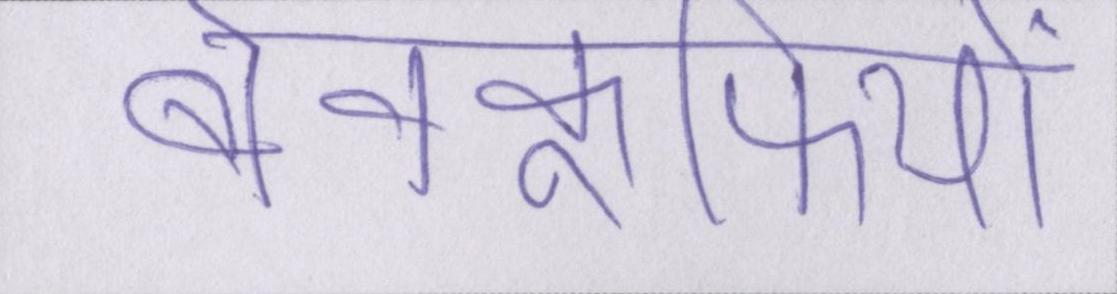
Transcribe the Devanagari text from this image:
बेवकूफियों